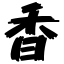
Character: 香